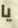
يا